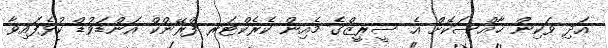
އަދި ވަކިން ޚާއްސަކޮށް އެ ސީރީޒްގެ މެއިން ކެރެކްޓަރ ފްރޭންކް އަންޑަވުޑް ކުޅެފައިވާ